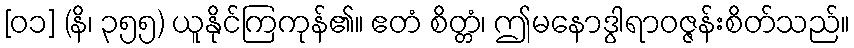
[၀၁] (နိ၊ ၃၅၅) ယူနိုင်ကြကုန်၏။ ဧတံ စိတ္တံ၊ ဤမနောဒွါရာဝဇ္ဇန်းစိတ်သည်။